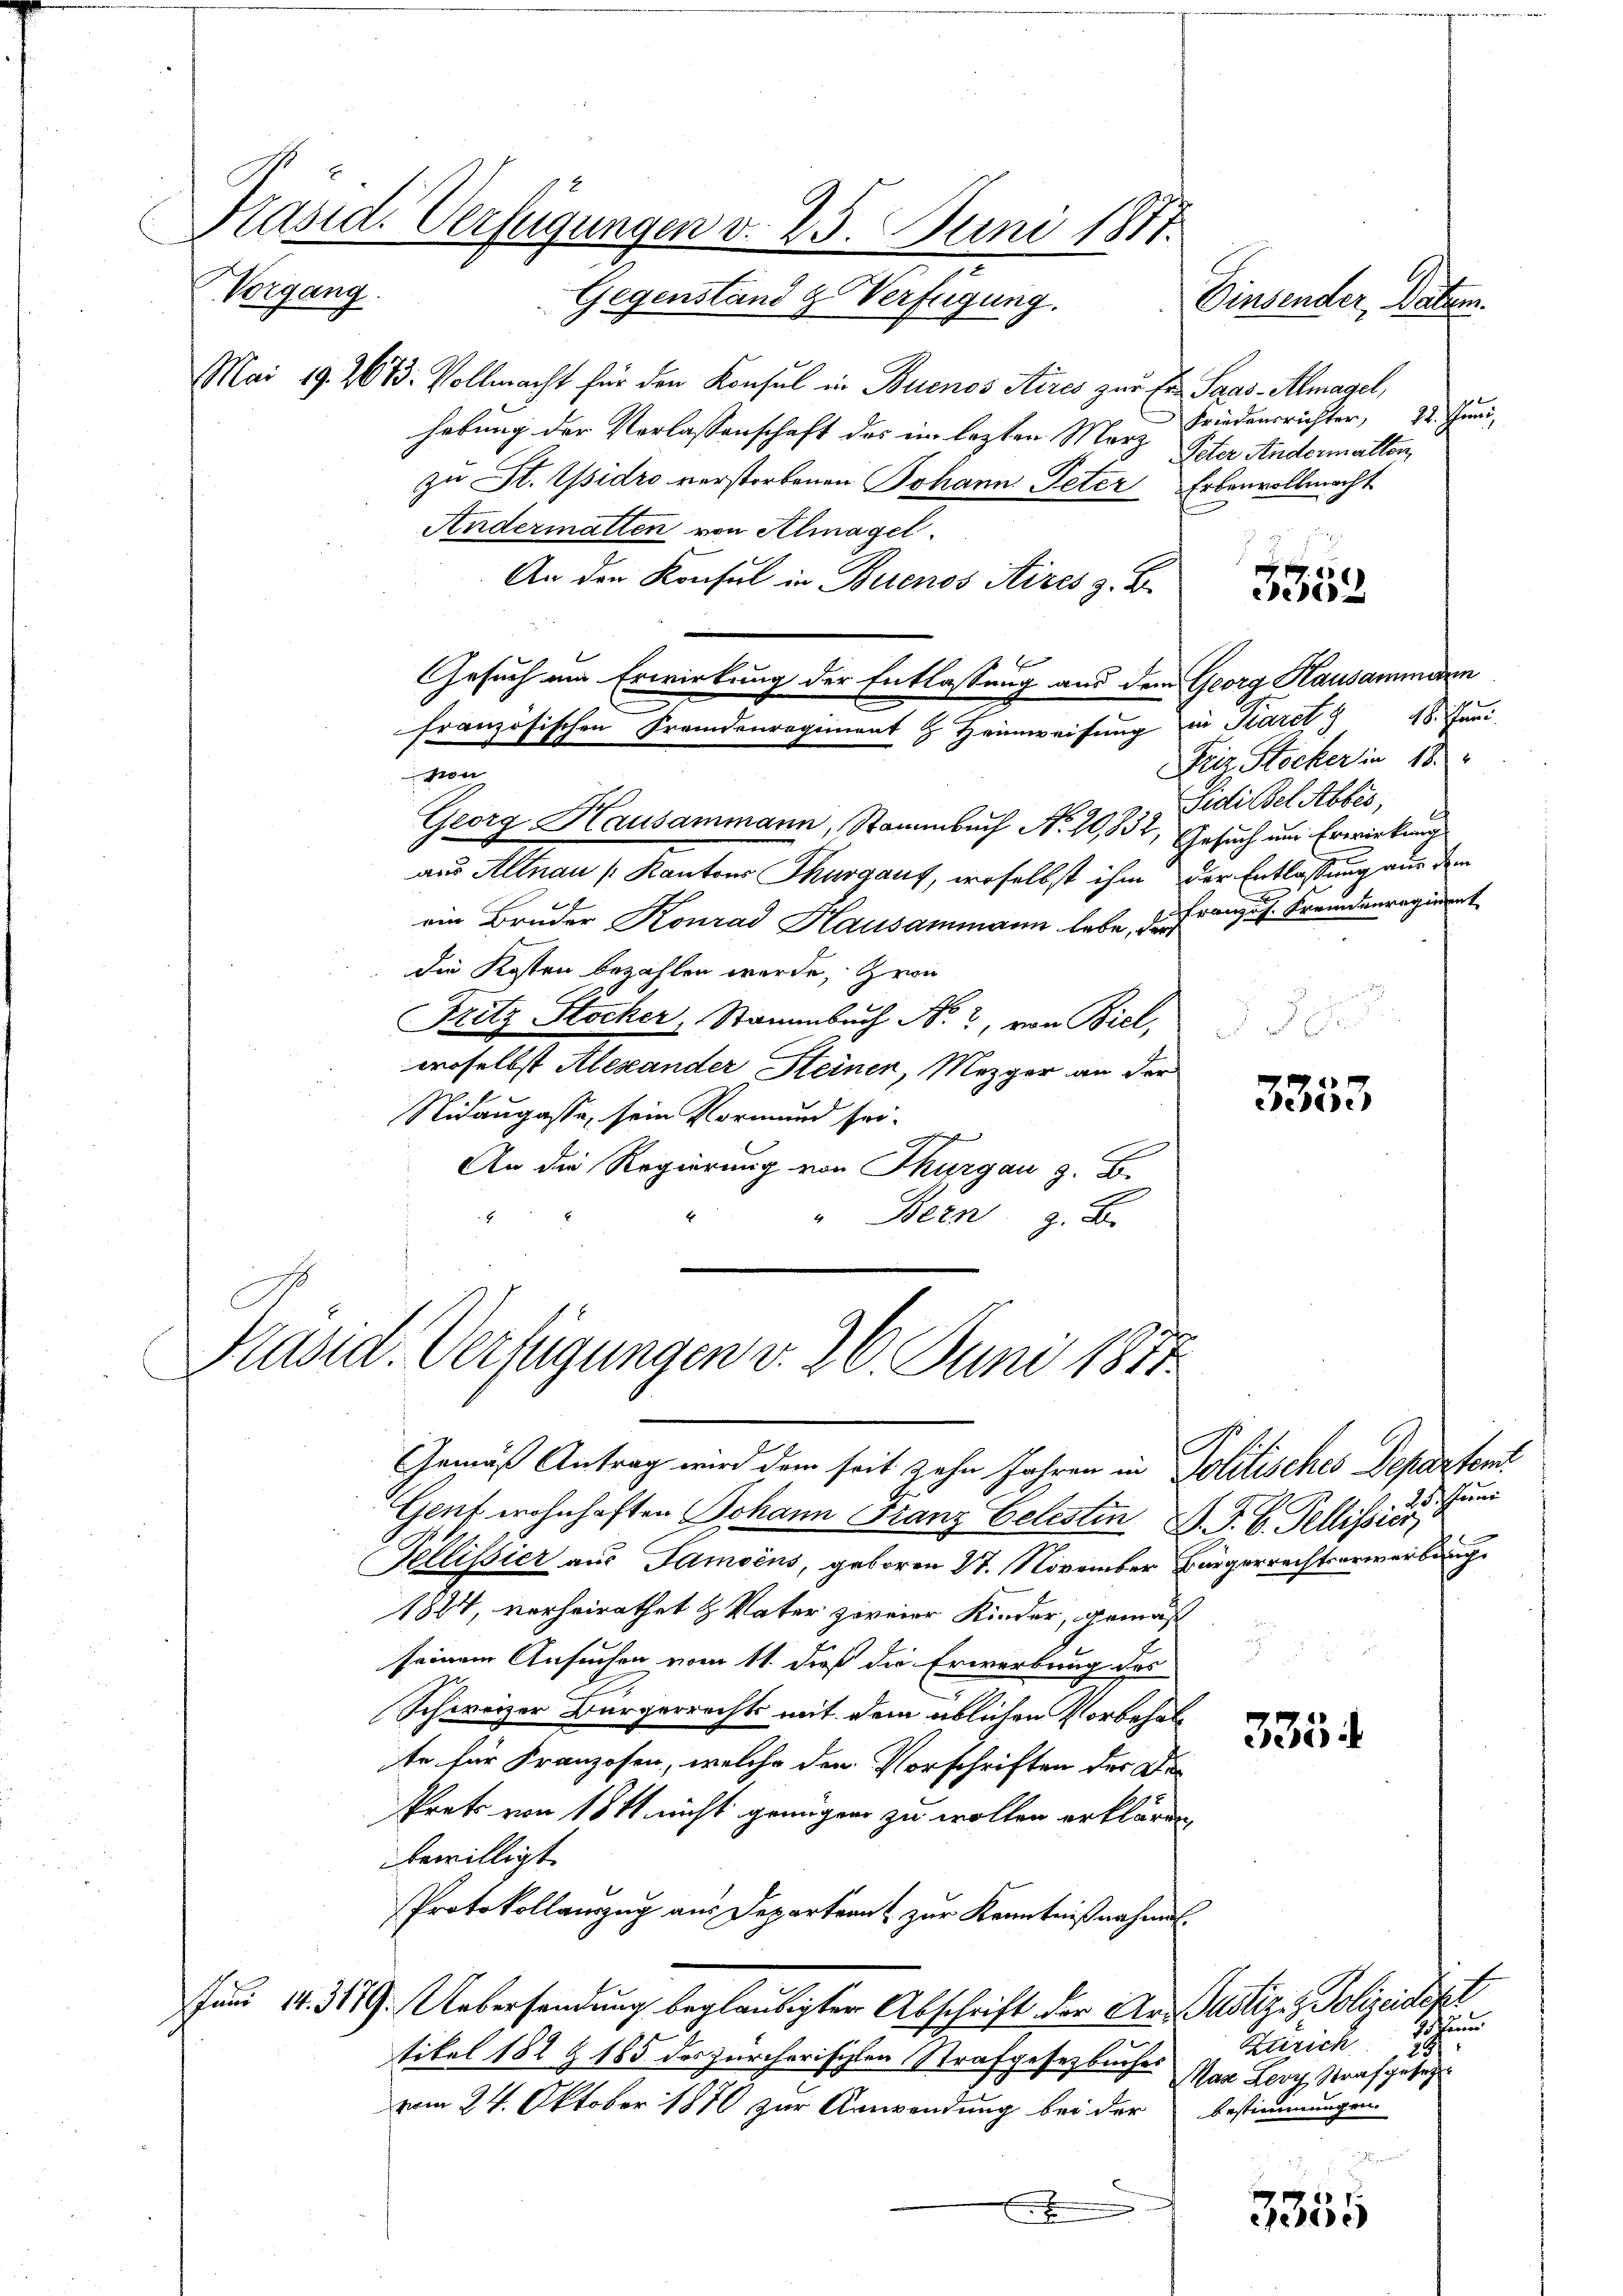
.

Präsid. Verfügungen v. 25. Juni 1877.
Vorgang
Gegenstand & Verfügung.

Mai 19. 2613. Vollmacht für den Konsul in Buenos Aires zur Er Saas-Almagel,
hebung der Verlassenschaft des im lezten Merz
zu St. Isidro verstorbenen Johann Peter Erbenvollmacht
Andermatten von Almagel.
An den Konsul in Buenos Aires z. B.
Gesuch am Erwirkung der Entlassung aus dem Georg Hausammann
von
Georg Hausammann, Stammbuch No. 20,832, Gesuch um Erwirkung
aus Altnau (:Kantons Thurgaus, woselbst ihm der Entlassung aus dem
ein Bruder Konrad Hausammann habe, die Franz u. Fremdenregieret
die Kosten bezahlen wurde, zwei
Fritz Stocker, Stammbach No. 2, von Biel,
C
woselbst Alexander Steinen, Mezger an der
Nidaugasse, sein Vormund sei.
schchen
An die Regierung von Thurgau z. B.
" Bern z. B.

französischen Fremdenregiment H. Heimweisung in Karet 3 48. Jani

Präsid. Verfügungen v. 26. Juni 1877.

Gemäß Antrag wird dem seit zehn Jahren in Politisches Departemt
Genf wohnhaften Johann Franz Celesten G. P. V. Pellisier
Tellisier aus Tamsens, geboren 27. November Bürgerrechtserwerbung
1824, verheirathet & Vater zweier Kinder, gemäß
seinem Ansuchen vom 11. dieß die Erwerbung des
Schweizer Bürgerrechts mit dem üblichen Vorbehalte für Franzosen, welche den Vorschriften der De
Prets von 18 t nicht genügen zu wollen erklären,
bewilligt.
Protokollauszug aus Departeant zur Kenntnißnahme.
Juni 14. 3179. Uebersendung beglaubigter Abschrift der Ans Justiges Polizeidekt
tikel 182 Z 185 des zürcherischen Strafgesetzbuches
vom 24. Oktober 1870 zur Anwendung bei der bestimmungen
.

Ernsten Sachen
Friedensrichter, 22. Juni,
Peter Andermatten,

3353

x
Friz Stocker in 18.
Jedi Bel Abbes,

3353

25. Juni

3354

de
Zürich
291
Nase Lenz Strafgesezt

3355